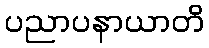
ပညာပနာယာတိ